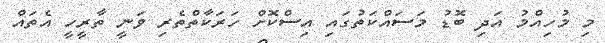
މި މުހިއްމު އަދި ބޮޑު މަސައްކަތުގައި އިސްކޮށް ހަރަކާތްތެރި ވަނީ ތާރީހީ އެތައް